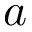
a